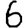
Digit: 6